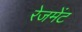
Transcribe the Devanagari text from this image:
रेजमेंट